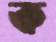
ক